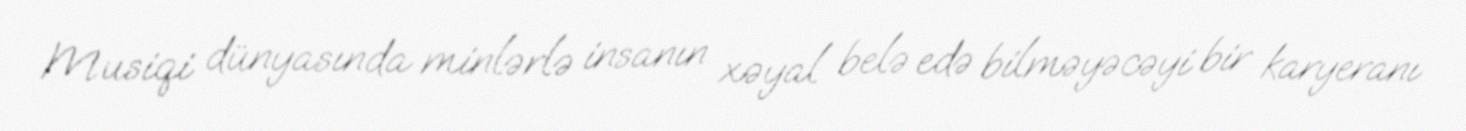
Musiqi dünyasında minlərlə insanın xəyal belə edə bilməyəcəyi bir karyeranı